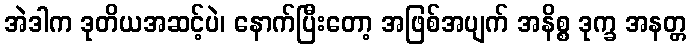
အဲဒါက ဒုတိယအဆင့်ပဲ၊ နောက်ပြီးတော့ အဖြစ်အပျက် အနိစ္စ ဒုက္ခ အနတ္တ